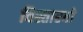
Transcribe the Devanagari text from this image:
विस्तारतो